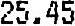
25.45